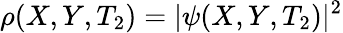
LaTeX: \rho(X,Y,T_{2})=|\psi(X,Y,T_{2})|^{2}